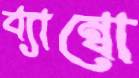
ব্যাম্বো